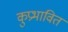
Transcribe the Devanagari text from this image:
कुप्रभावित